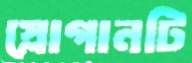
স্লোগানটি